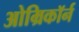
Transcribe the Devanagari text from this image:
ओम्रिकॉर्न